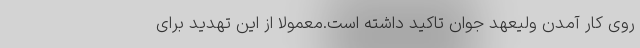
روی کار آمدن ولیعهد جوان تاکید داشته است.معمولاً از این تهدید برای